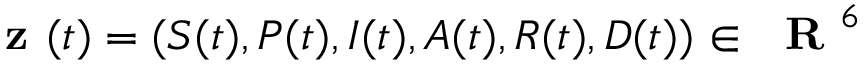
\textbf { z } ( t ) = ( S ( t ) , P ( t ) , I ( t ) , A ( t ) , R ( t ) , D ( t ) ) \in { \mathrm { ~ \bf ~ R ~ } } ^ { 6 }